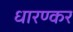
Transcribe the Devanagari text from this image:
धारण्कर